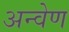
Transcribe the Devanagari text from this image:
अन्वेण